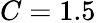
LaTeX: C=1.5